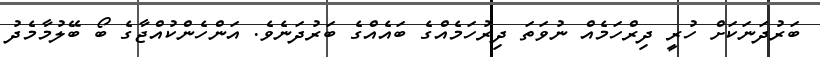
ބަރުދަނަކަށް ހުރީ ދިރްހަމެއް ނުވަތަ ދިރުހަމެއްގެ ބައެއްގެ ބަރުދަނެވެ. އަންހެންކުއްޖާގެ ބޯ ބޭލުމާމެދު